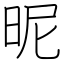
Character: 昵